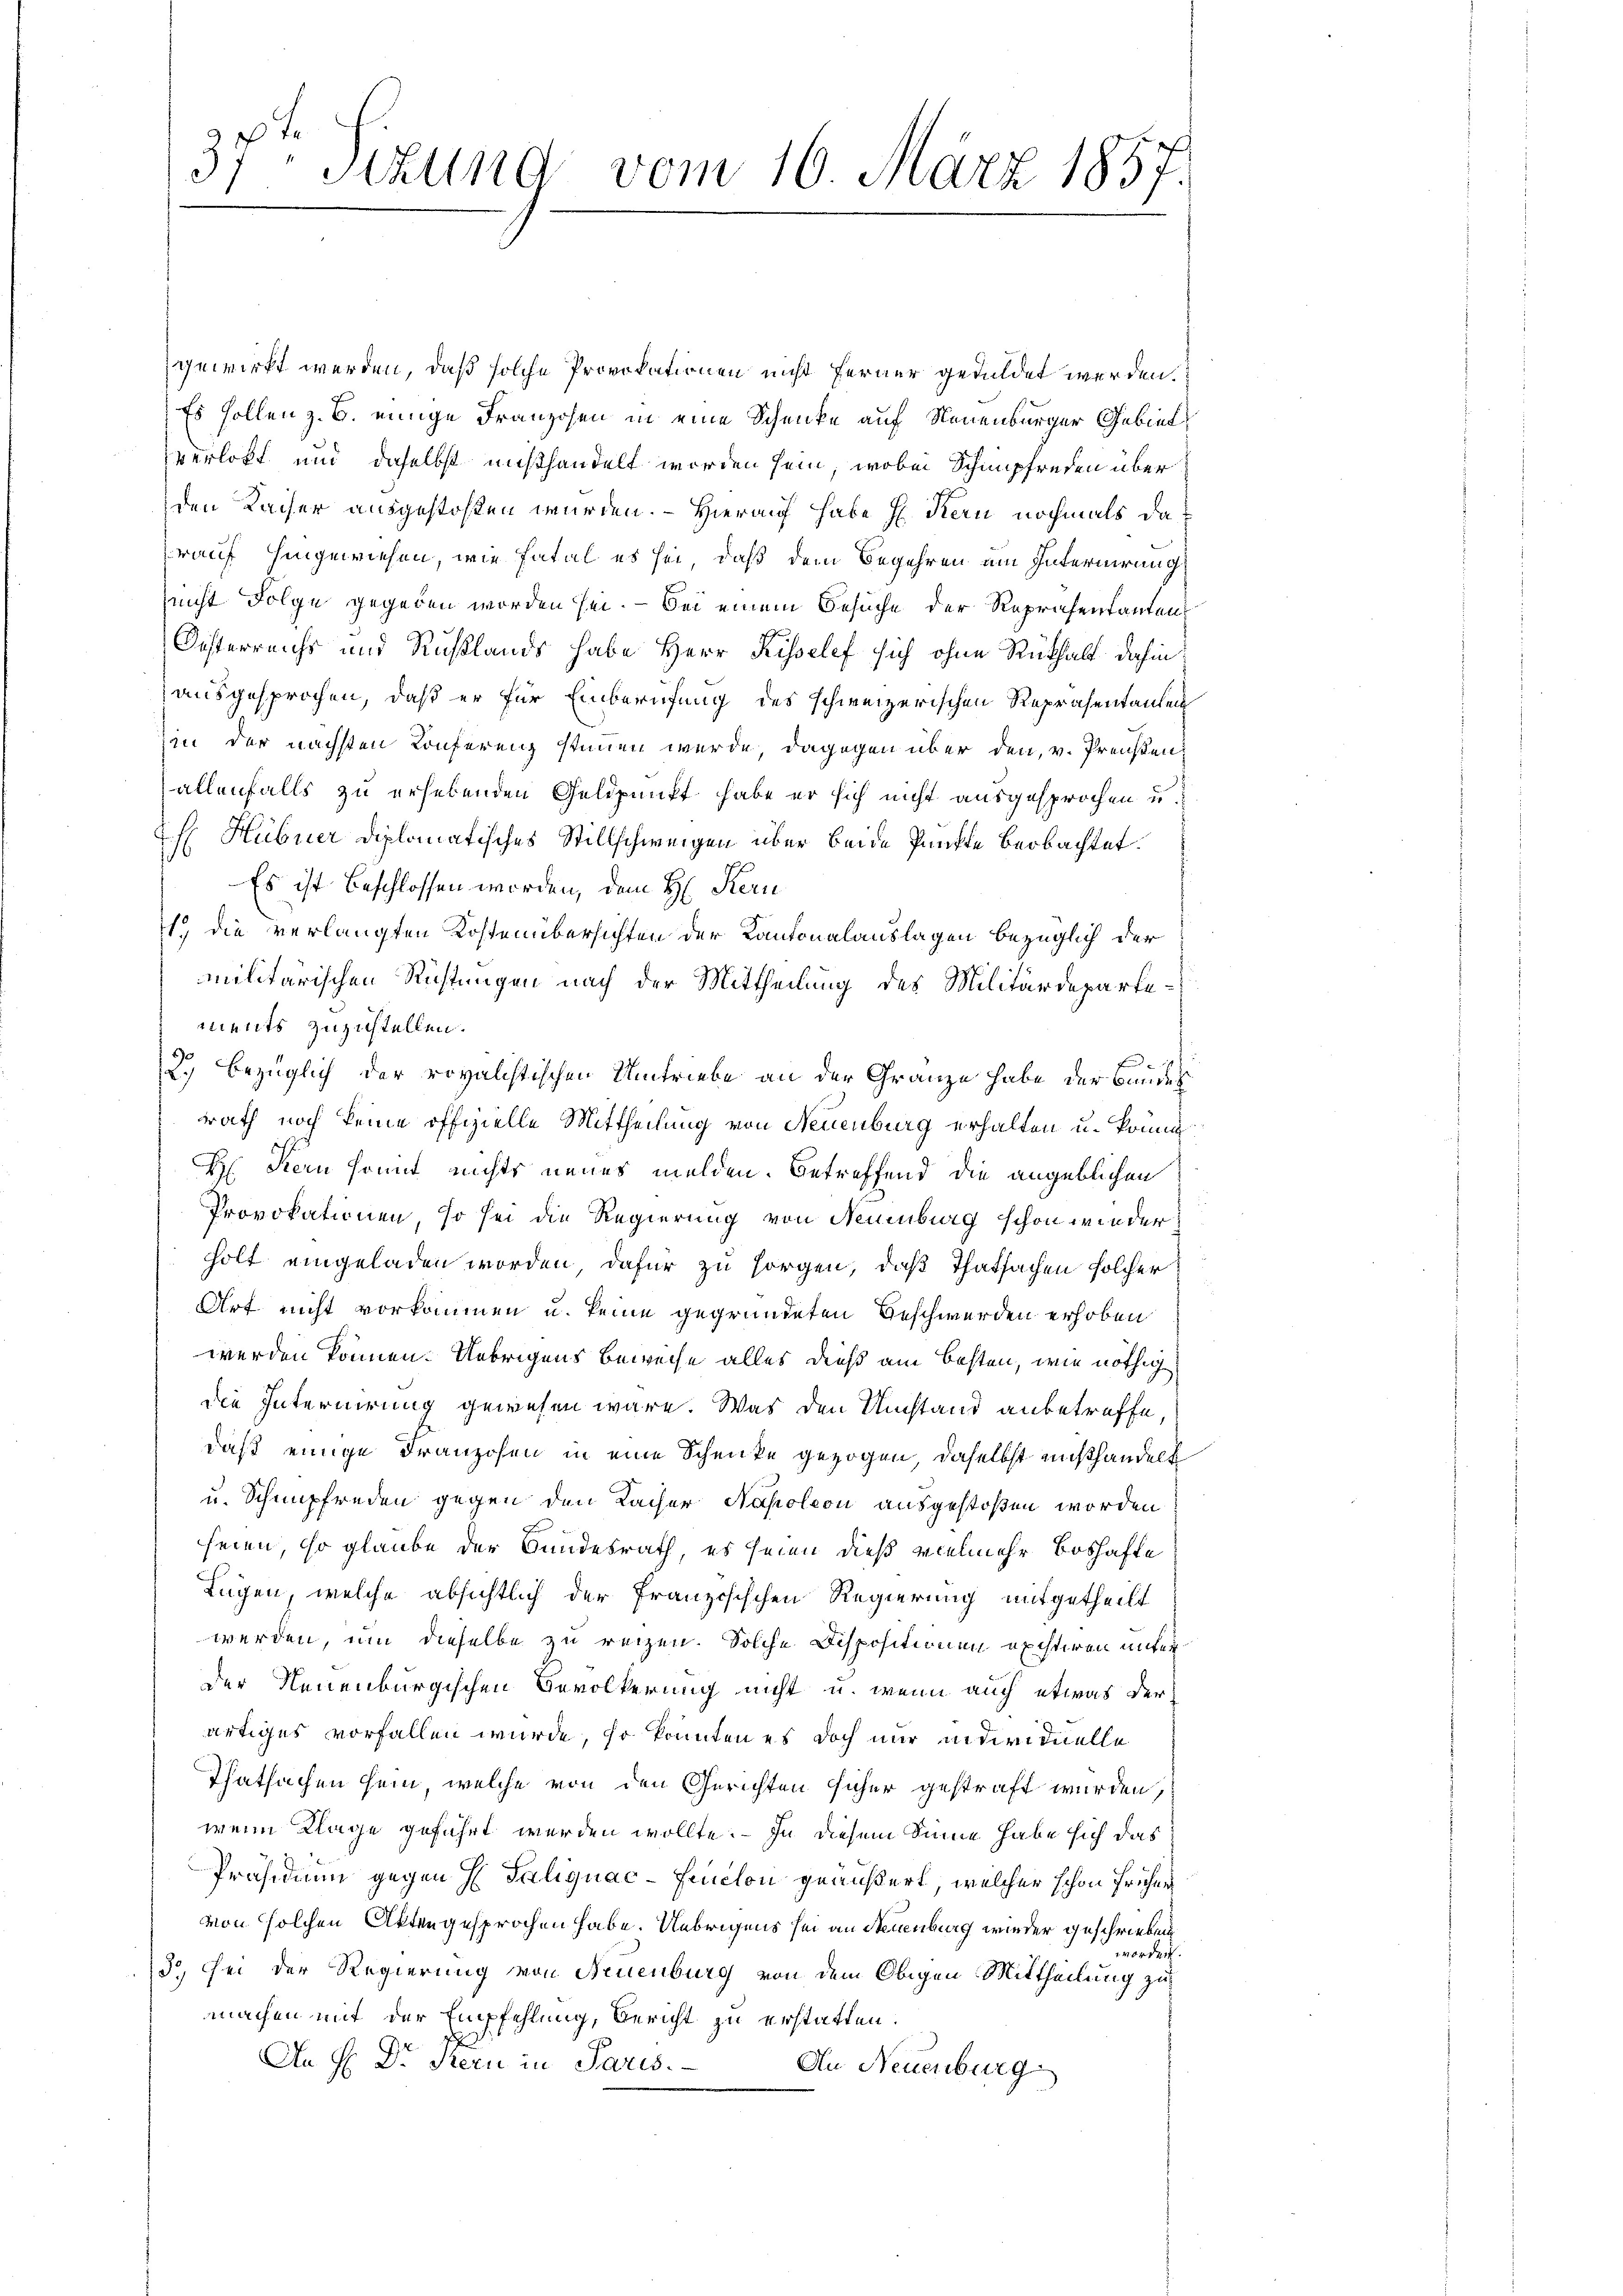
37. Tizung
vom 16. März 1857.

gewirkt werden, daß solche Provokationen nicht ferner geduldet werden.
Es sollen z. B. einige Franzosen in eine Schenke auf Neuenburger Gebiet
verlobt und daselbst mißhandelt worden sein, wobei Schimpfreden über
den Kaiser ausgestoßen wurden. - Hierauf habe H. Kern nochmals darauf hingewiesen, wie fatal es sei, daß dem Begehren am Internirung
nicht Folge gegeben worden sei. — Bei einem Besuche der Repräsentanten
Oesterreichs und Rußlands habe Herr Kisselef sich ohne Rüthalt dahin
ausgesprochen, daß er für Einberufung des schweizerischen Repräsentanten
in der nächsten Konferenz stimmen wurde, dagegen über den, v. Preußenallenfalls zu erhebenden Geldpunkt habe er sich nicht ausgesprochen u.
hHübner diplomatisches Stillschweigen über beide Punkte beobachtet.
Es ist beschlossen worden, dem H. Kern
1.) Die verlangten Kostenübersichten der Kantonalauslagen bezüglich der
militärischen Richtungen nach der Mittheilung des Militärdepartements zuzustellen.
f
2.) bezüglich der rovalistischen Umtriebe an der Granze habe der Bundes
rath noch keine offizielle Mittheilung von Neuenburg erhalten u. könne
H Kern sonnt nichts neues melden. Betreffend die angeblichen
Provokationen, so sei die Regierung von Neuenburg schon wieder,
holt eingeladen worden, dafür zu sorgen, daß Thatsachen solcher
Art nicht vorkommen u. keine gegründeten Beschwerden erhoben
werden können. Uebrigens Beweise alles dieß am besten, wie nöthig
die Internirung gewesen wäre. Was den Umstand anbetreffe
daß einige Franzosen in eine Schenke gezogen, daselbst mißhandelt
u. Schnupfreden gegen den Lacher Napoleon ausgestoßen worden
seien, so glaube der Bundesrath, es seien dieß vielmehr Boshafte
Lugen, welche absichtlich der Französischen Regierung mitgetheilt
werden, um dieselbe zu reizen. Solche Dispositionen existiren unter
der Neuenburgischen Bevölkerung nicht u. wenn auch etwas der
ärtiges vorfallen würde, so könnten es doch nur individuelle
Thatsachen sein, welche von den Gerichten sicher gestraft wurden,
wenn Klage geführt werden wollte. — In diesem Sinne habe sich das
Präsidium gegen H. Taliquac-Feuchon geäußert, welcher schon früher
von solchen Aktengesprochen habe. Uebrigens sei an Neuenburg wieder geschrieben
worden.
3), sei der Regierung von Neuenburg von dem Obigen Mittheilung zu
machen mit der Empfehlung, Bericht zu erstatten.
An H. Dr. Stern in Paris.
An Neuenburg